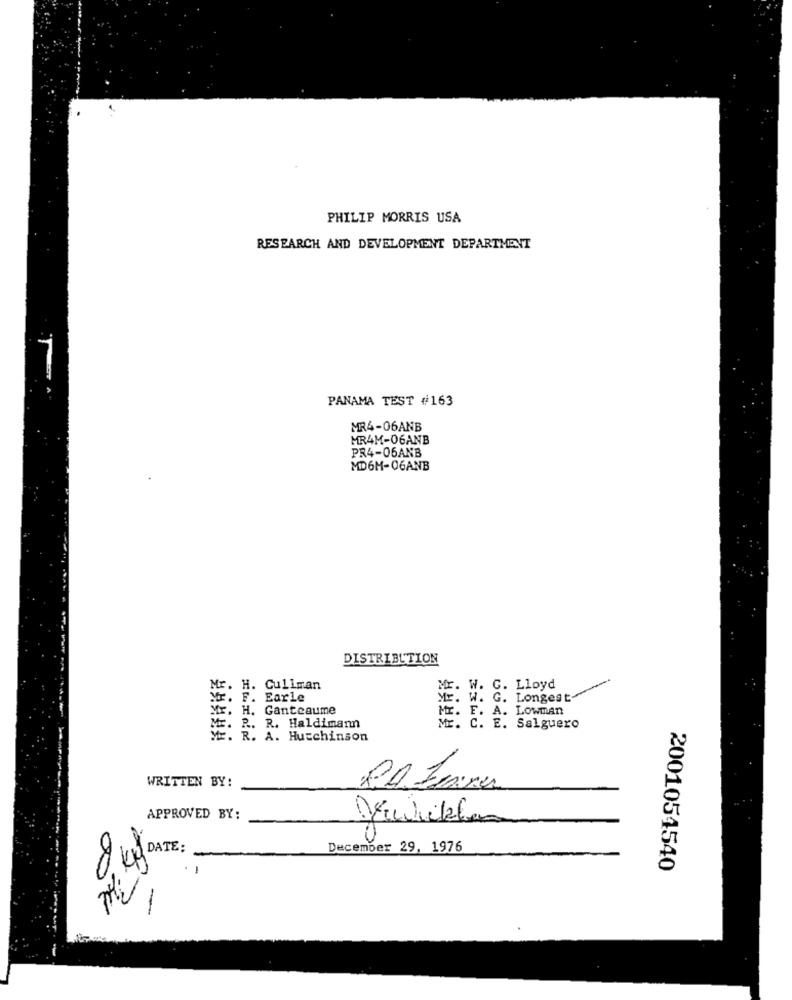
PHILIP MORRIS USA
RESEARCH AND DEVELOPMENT DEPARTMENT
PANAMA TEST #163
MR4-06ANB
MR4M-06ANB
PR4-06ANB
MD6M-06ANB
DISTRIBUTION
Mr. H. Cullman
Mr. W. C. Lloyd
E. F. Earle
ME. W. G. Longest-
Mr. H. Ganteaume
Mr. F. A. Lowman
ME. R. R. Haldimann
ME. C. E. Salguero
ME. R. A. Hutchinson
WRITTEN BY:
APPROVED BY:
December 29, 1976
8 KM DATE:
-
2001054540